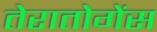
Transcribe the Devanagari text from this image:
तेरातोगेंस